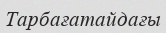
Тарбағатайдағы